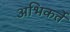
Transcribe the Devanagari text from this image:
अभिकर्ते